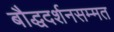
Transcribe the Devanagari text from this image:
बौद्धदर्शनसम्मत